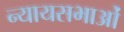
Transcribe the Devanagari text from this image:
न्यायसभाओं